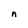
Character: n